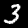
Label: 3